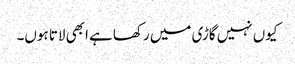
کیوں نہیں گاڑی میں رکھا ہے ابھی لاتا ہوں۔